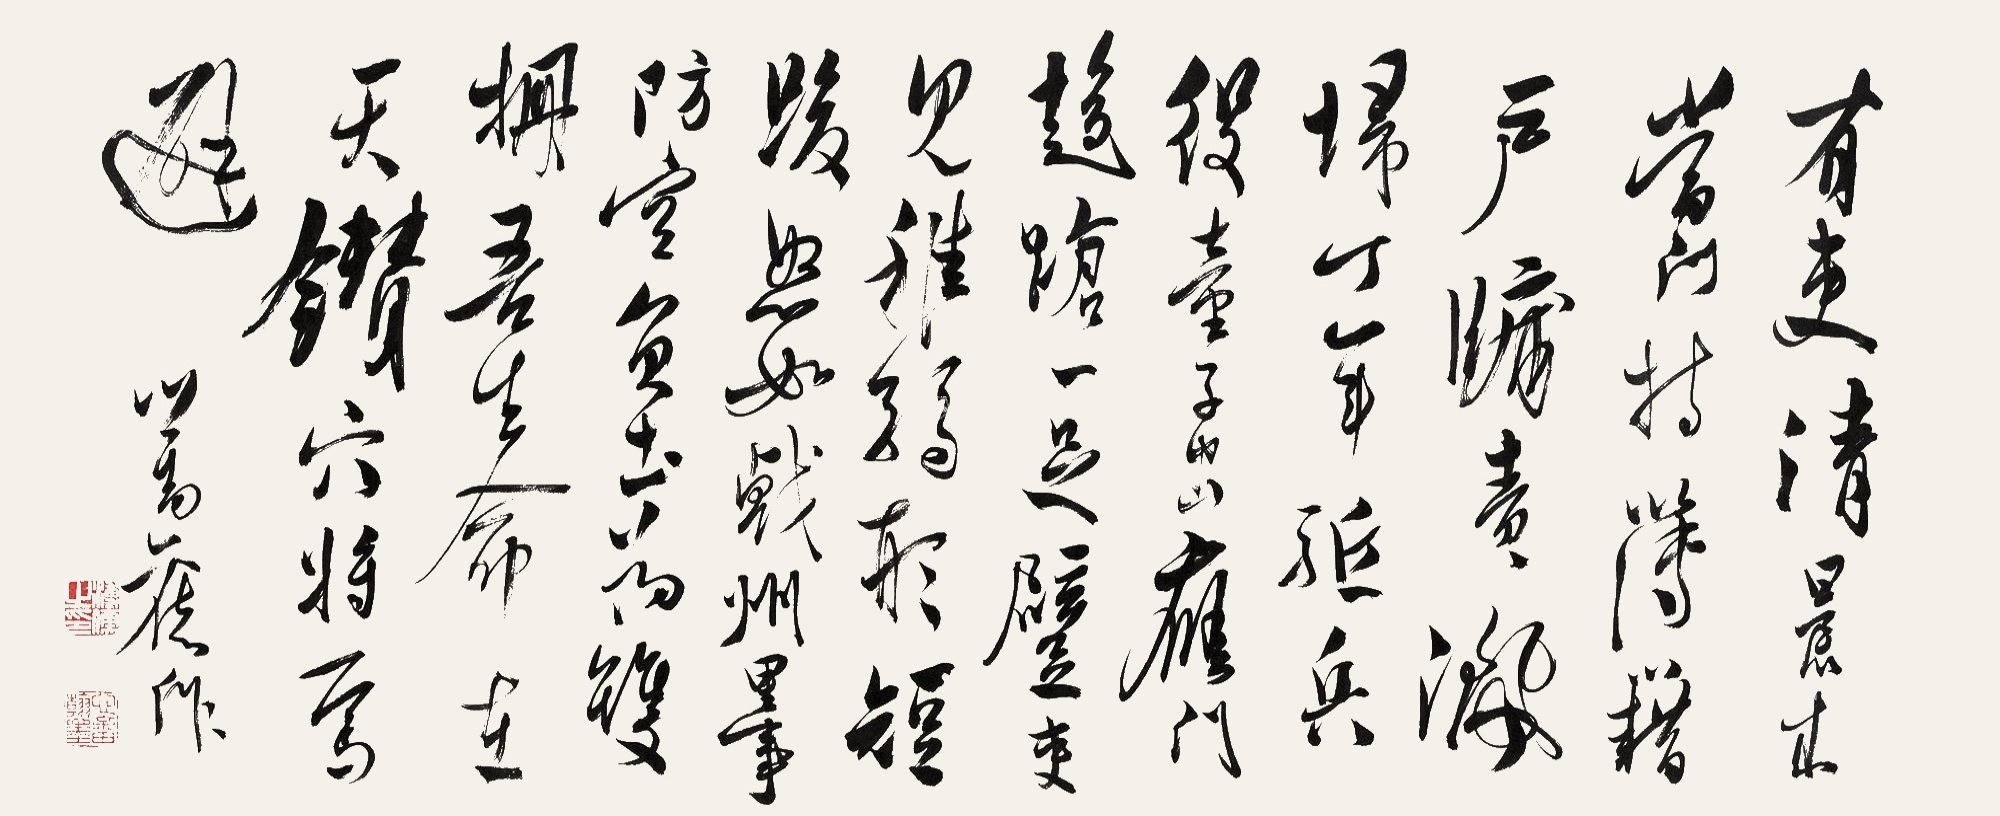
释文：有吏清晨来，当门持簿籍。户牖责洒扫，丁年驱兵役。童子出雁门，趋跄一足躄。吏见稚弱形，短睃怒如戟。州里事防空，负土为双栅。吾生命在天，钻穴将焉避。心畬旧作。